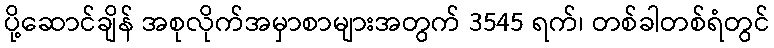
ပို့ဆောင်ချိန် အစုလိုက်အမှာစာများအတွက် 3545 ရက်၊ တစ်ခါတစ်ရံတွင်